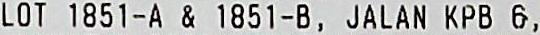
LOT 1851-A & 1851-B, JALAN KPB 6,